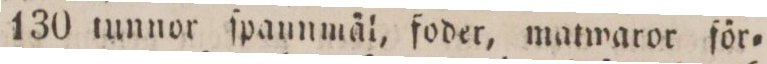
130 tunnor ſpannmäl, foder, matwaror för=